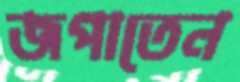
জপাতেন